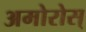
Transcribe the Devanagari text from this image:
अमोरोस्